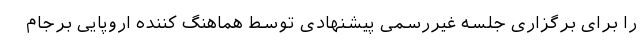
را برای برگزاری جلسه غیررسمی پیشنهادی توسط هماهنگ کننده اروپایی برجام